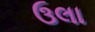
ઉલા